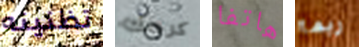
تظنينه كرمك هاتفا ربما